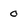
Character: 0